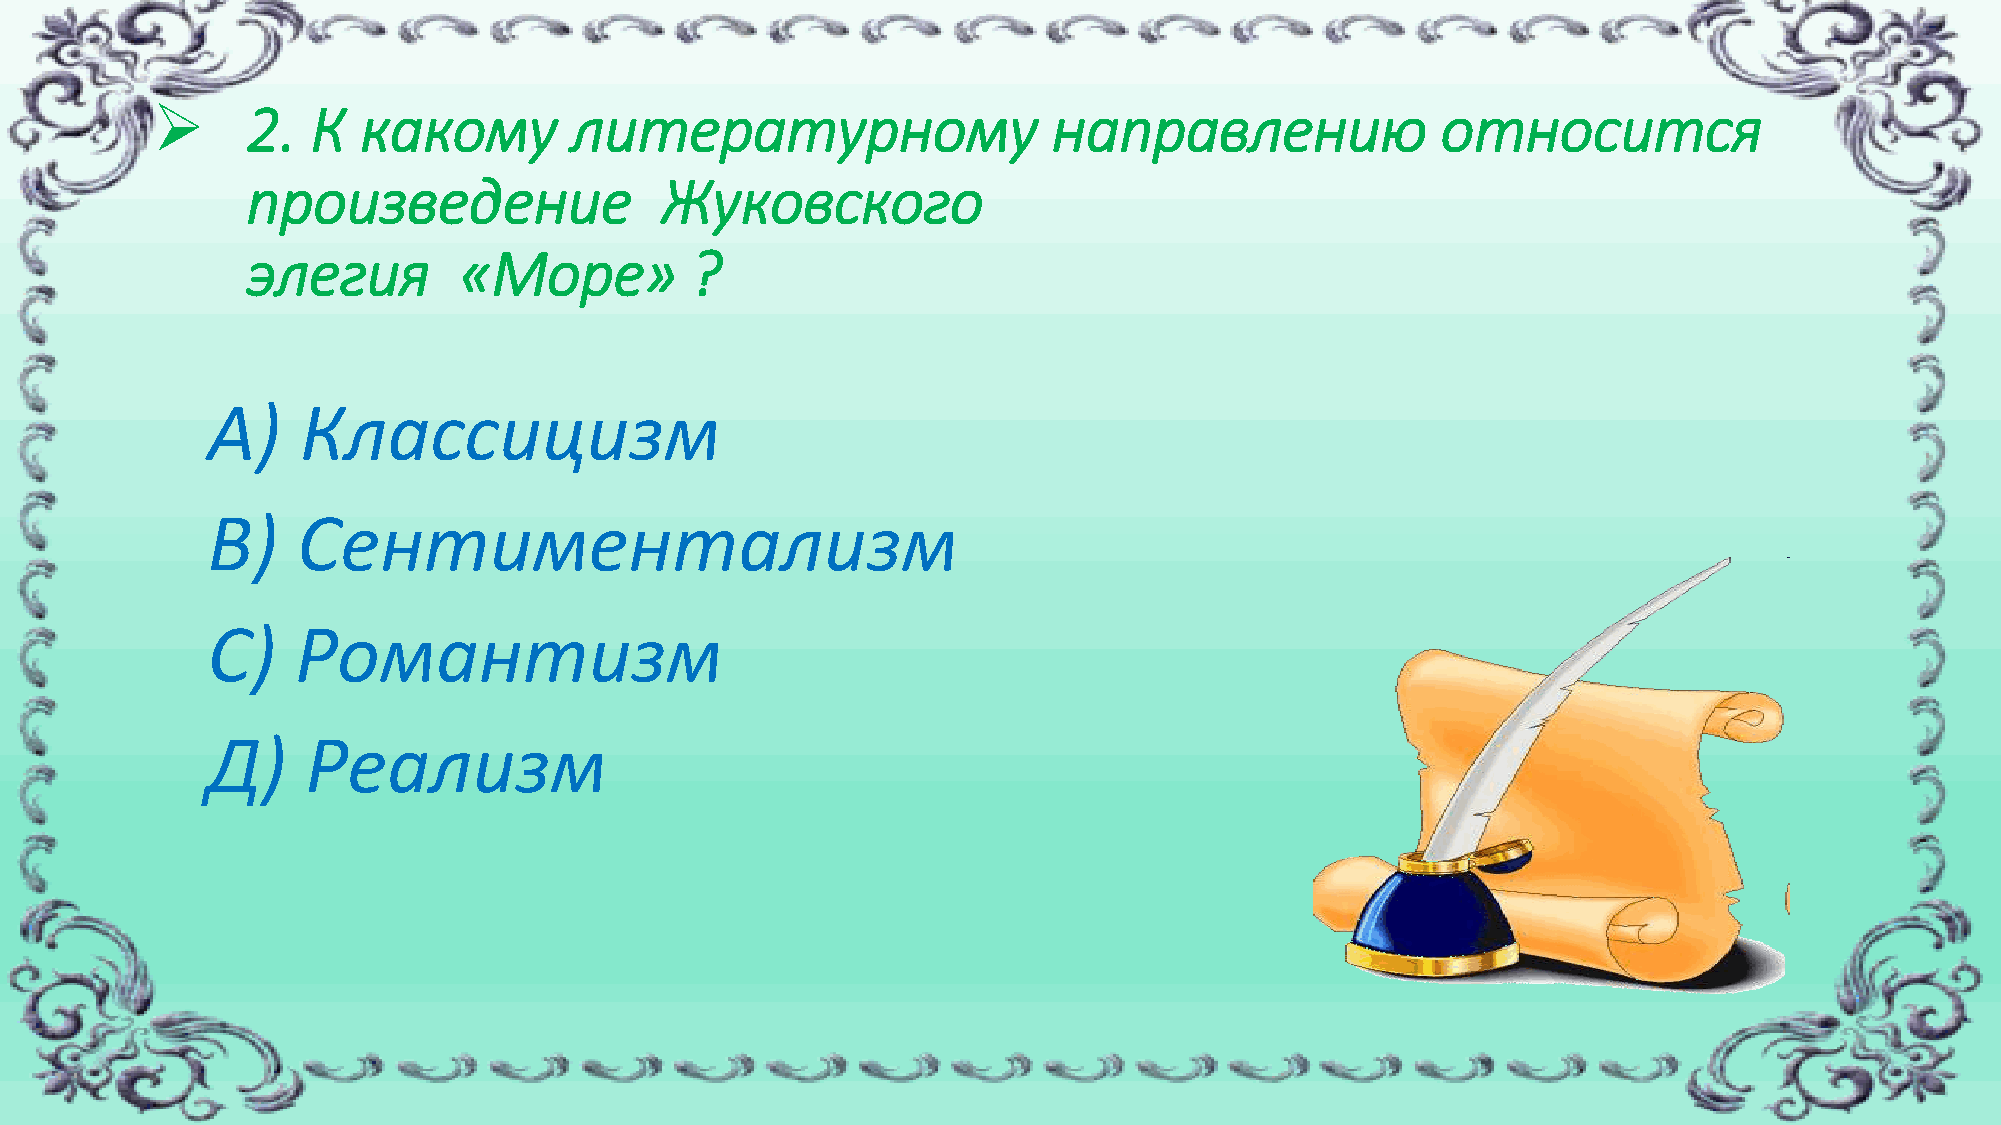
➢     2.   К  какому        литературному                   направлению              относится
 произведение                Жуковского
 элегия        «Море»          ?
 А)    Классицизм
 В)    Сентиментализм
 С)    Романтизм
 Д)    Реализм